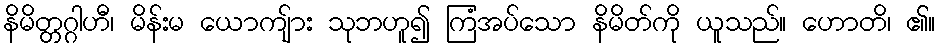
နိမိတ္တဂ္ဂါဟီ၊ မိန်းမ ယောကျ်ား သုဘဟူ၍ ကြံအပ်သော နိမိတ်ကို ယူသည်။ ဟောတိ၊ ၏။